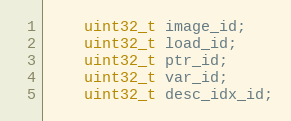
Language: C
    uint32_t image_id;
    uint32_t load_id;
    uint32_t ptr_id;
    uint32_t var_id;
    uint32_t desc_idx_id;